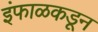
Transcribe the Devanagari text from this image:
इंफाळकडून